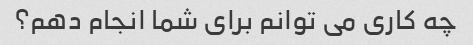
چه کاری می توانم برای شما انجام دهم؟